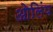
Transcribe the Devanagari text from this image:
ओलिंप